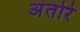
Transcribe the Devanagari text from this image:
अंतोरे